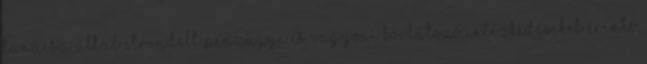
Tanácsa által elrendelt pénzügyi és vagyoni korlátozó intézkedéseket érintő